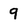
Character: 9